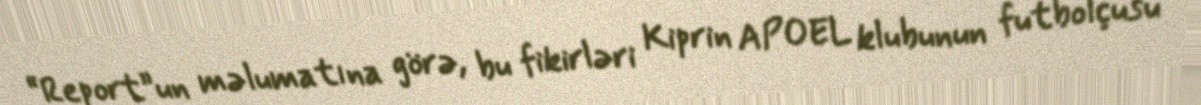
“Report”un məlumatına görə, bu fikirləri Kiprin APOEL klubunun futbolçusu